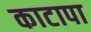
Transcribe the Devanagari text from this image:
काटापा